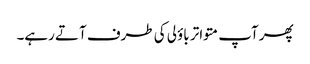
پھر آپ متواتر باؤلی کی طرف آتے رہے۔